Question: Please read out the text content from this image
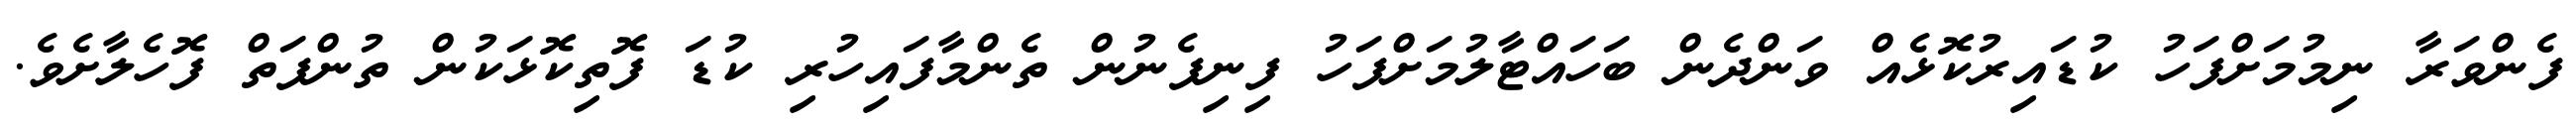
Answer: ފެންވަރާ ނިމުމަށްފަހު ކުޑައިރުކޮޅެއް ވަންދެން ބަހައްޓާލުމަށްފަހު ފިނިފެނުން ތެންމާފައިހުރި ކުޑަ ފޮތިކޮޅަކުން ތުންފަތް ފޮހެލާށެވެ.